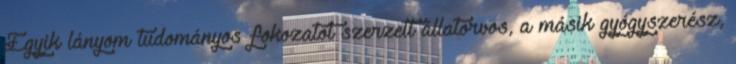
Egyik lányom tudományos fokozatot szerzett állatorvos, a másik gyógyszerész,